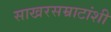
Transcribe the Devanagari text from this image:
साखरसम्राटांशी